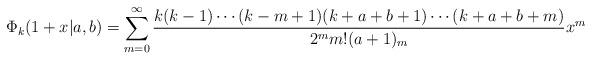
LaTeX: \begin{align*}\Phi_k(1 + x | a, b) = \sum_{m = 0}^{\infty}{\frac{k(k - 1)\cdots(k - m + 1)(k + a + b + 1)\cdots(k + a + b + m)}{2^m m! (a + 1)_m}x^m}\end{align*}